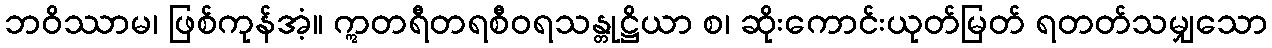
ဘဝိဿာမ၊ ဖြစ်ကုန်အံ့။ ဣတရီတရစီဝရသန္တုဋ္ဌိယာ စ၊ ဆိုးကောင်းယုတ်မြတ် ရတတ်သမျှသော